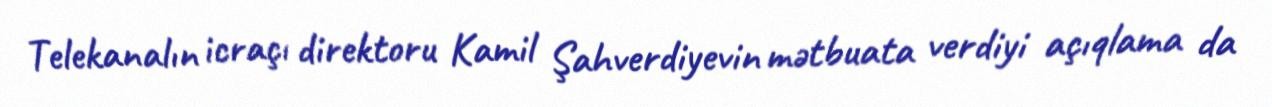
Telekanalın icraçı direktoru Kamil Şahverdiyevin mətbuata verdiyi açıqlama da